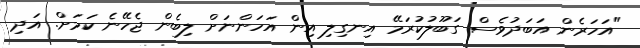
"އަހަރެން އަބަދުވެސް ގަބޫލުކުރަމޭ އިނގިލި އިން އަހަންނަށް ލިބެން ޖެހޭނެ ކަމަށް. އަދި